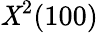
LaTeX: \mathit{X}^{2}(100)